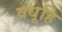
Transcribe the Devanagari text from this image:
वधूहि